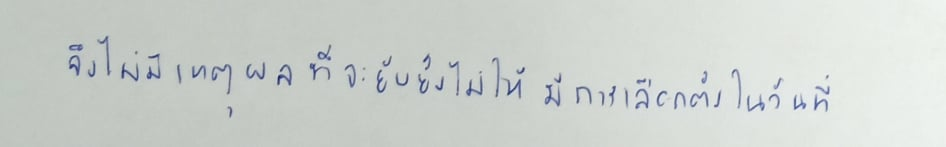
จึงไม่มีเหตุผลที่จะยับยั้งไม่ให้มีการเลือกตั้งในวันที่